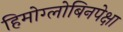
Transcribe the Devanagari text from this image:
हिमोग्लोबिनपेक्षा